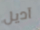
آديل